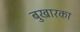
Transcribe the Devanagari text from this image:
बुखारका